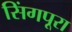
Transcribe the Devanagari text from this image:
सिंगपूरा